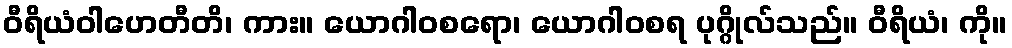
ဝီရိယံဝါဟေတီတိ၊ ကား။ ယောဂါဝစရော၊ ယောဂါဝစရ ပုဂ္ဂိုလ်သည်။ ဝီရိယံ၊ ကို။